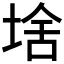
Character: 𱗂